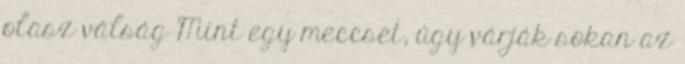
olasz válság Mint egy meccset, úgy várják sokan az